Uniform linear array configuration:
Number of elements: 12
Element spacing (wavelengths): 0.75
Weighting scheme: kaiser
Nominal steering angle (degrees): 60
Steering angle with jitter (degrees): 59.953
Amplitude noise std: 0.05
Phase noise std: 0.05

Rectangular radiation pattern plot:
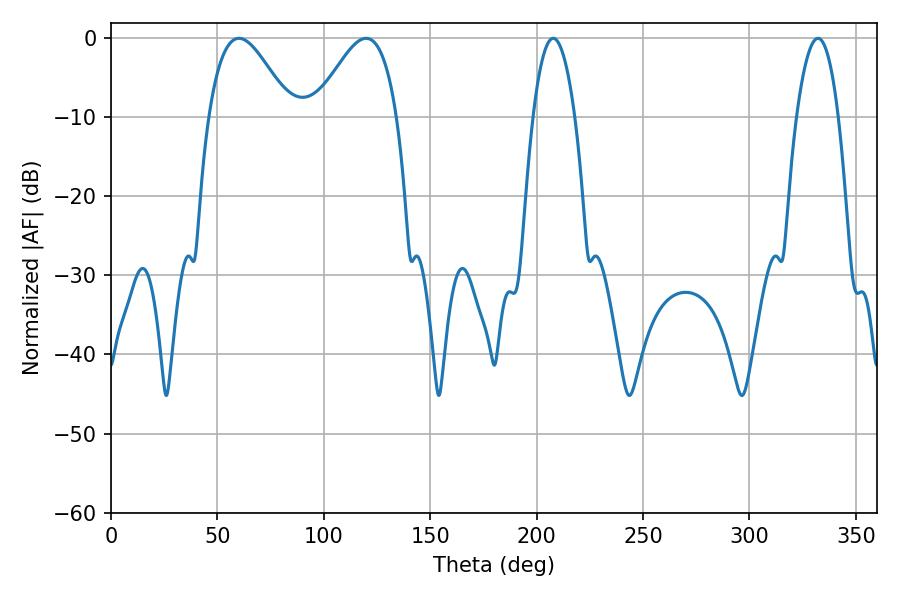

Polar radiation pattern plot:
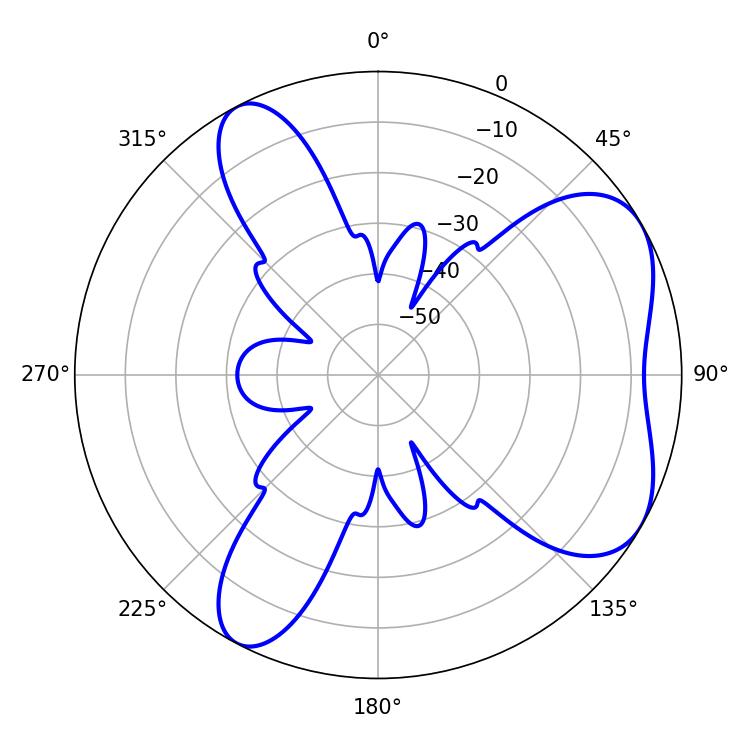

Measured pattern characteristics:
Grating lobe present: TRUE
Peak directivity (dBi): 5.75
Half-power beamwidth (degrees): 20.52
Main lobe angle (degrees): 60.12